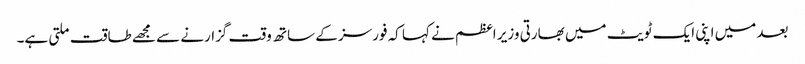
بعد میں اپنی ایک ٹویٹ میں بھارتی وزیر اعظم نے کہا کہ فورسز کے ساتھ وقت گزارنے سے مجھے طاقت ملتی ہے۔